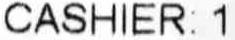
CASHIER: 1